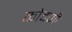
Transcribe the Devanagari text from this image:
कोदणी